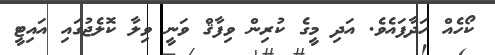
ކޯހެއް ހަދާފައެވެ. އަދި މީގެ ކުރިން ވިފާޤް ވަނީ ވިލާ ކޮލެޖުގައި އައިޓީ